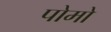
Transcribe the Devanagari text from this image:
पोमो